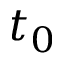
t _ { 0 }